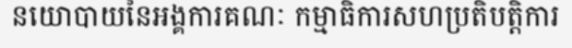
នយោបាយនៃអង្គការគណៈ កម្មាធិការសហប្រតិបត្តិការ